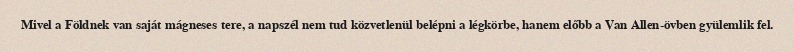
Mivel a Földnek van saját mágneses tere, a napszél nem tud közvetlenül belépni a légkörbe, hanem előbb a Van Allen-övben gyülemlik fel.